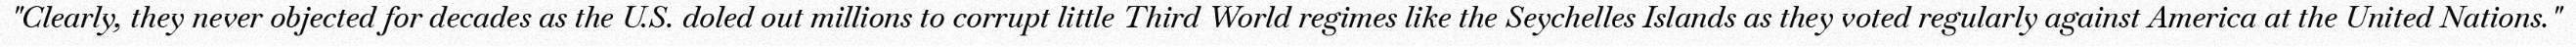
"Clearly, they never objected for decades as the U.S. doled out millions to corrupt little Third World regimes like the Seychelles Islands as they voted regularly against America at the United Nations."